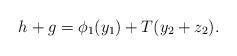
LaTeX: \begin{align*}h + g = \phi_1(y_1) + T (y_2 + z_2). \end{align*}